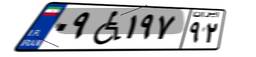
۴۸W۲۲۶۵۷